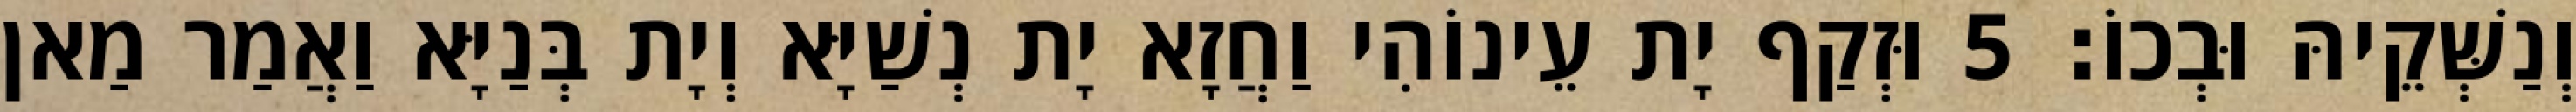
וְנַשְּׁקֵיהּ וּבְכוֹ׃ 5 וּזְקַף יָת עֵינוֹהִי וַחֲזָא יָת נְשַׁיָּא וְיָת בְּנַיָּא וַאֲמַר מַאן